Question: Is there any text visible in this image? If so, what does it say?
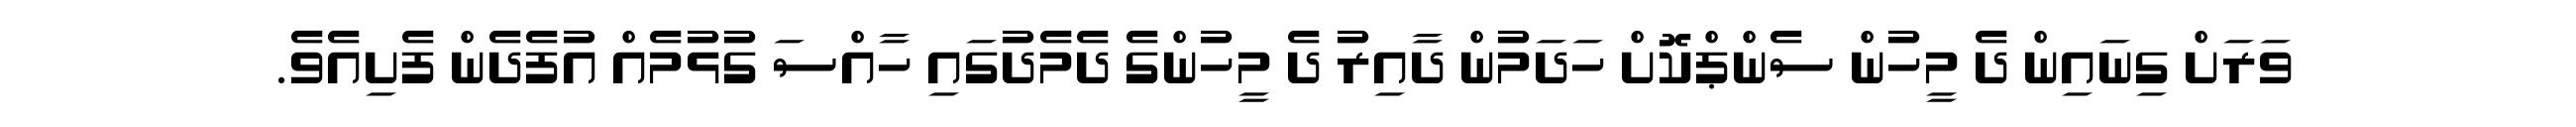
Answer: ވަރަށް ގިނައިން ދެ މީހުން ސެންޕްކޮށް ހަދަމުން ދާއިރު ދެ މީހުންގެ ދެމެދުގައި ހާއްސަ ގުޅުމެއް އުފެދެން ފެށިއެވެ.